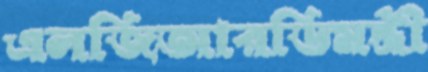
এলজিআরডিমন্ত্রী